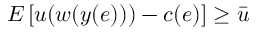
E \left[ u ( w ( y ( e ) ) ) - c ( e ) \right] \geq { \bar { u } }